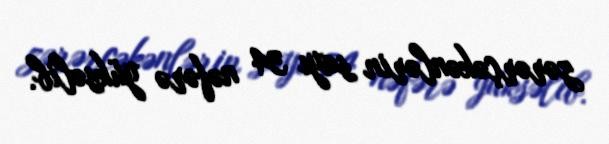
zərərçəkənlərin sayı 34 nəfərə yüksəlib.